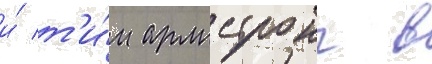
и́ т'и́м армстронг в